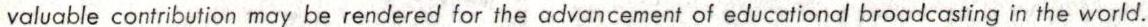
valuable contribution may be rendered for the advancement of educational broadcasting in the world.